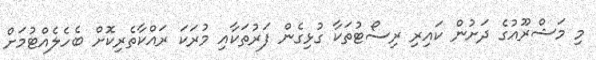
މި މަޝްރޫއުގެ ދަށުން ކައިރި ރިސޯޓުތަކާ ގުޅިގެން ފަރުތަކާއި މުރަކަ ރައްކާތެރިކޮށް ބެހެލެއްޓުމަށް